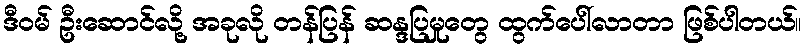
ဒီဝမ် ဦးဆောင်လို့ အခုလို တန်ပြန် ဆန္ဒပြမှုတွေ ထွက်ပေါ်လာတာ ဖြစ်ပါတယ်။